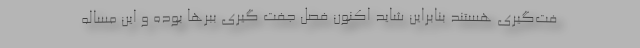
فت‌گیری هستند بنابراین شاید اکنون فصل جفت گیری‌ ببرها بوده و این مساله